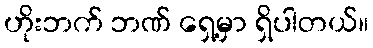
ဟိုးဘက် ဘဏ် ရှေ့မှာ ရှိပါတယ်။